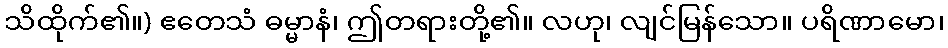
သိထိုက်၏။) ဧတေသံ ဓမ္မာနံ၊ ဤတရားတို့၏။ လဟု၊ လျင်မြန်သော။ ပရိဏာမော၊